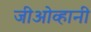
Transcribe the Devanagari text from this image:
जीओव्हानी